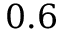
0 . 6